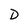
Character: D